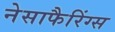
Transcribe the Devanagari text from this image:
नेसाफैरिंग्स